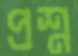
প্রশ্ন